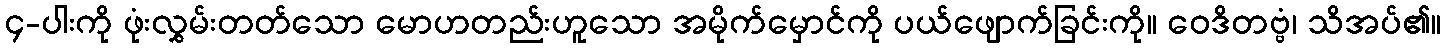
၄-ပါးကို ဖုံးလွှမ်းတတ်သော မောဟတည်းဟူသော အမိုက်မှောင်ကို ပယ်ဖျောက်ခြင်းကို။ ဝေဒိတဗ္ဗံ၊ သိအပ်၏။